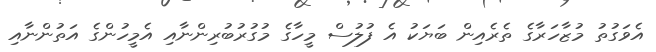
އެވަގުތު މުޒާހަރާގެ ތެރެއިން ބަޔަކު އެ ފުލުސް މީހާގެ މުގުރުބުރިންނާއި އެމީހުންގެ އަތުންނާއި